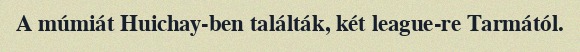
A múmiát Huichay-ben találták, két league-re Tarmától.